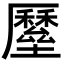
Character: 𡓸